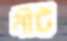
নীট